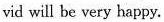
vid will be very happy.